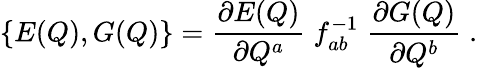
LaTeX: \{ E(Q),G(Q)\} ={\frac{{\partial E(Q)}}{{\partial Q^{a}}}}\; f_{ab}^{-1}\; {\frac{{\partial G(Q)}}{{\partial Q^{b}}}\; .}